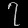
Digit: ၇